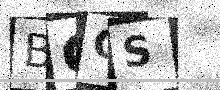
Text: BGCS